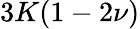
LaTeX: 3K(1-2\nu)